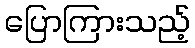
ပြောကြားသည့်